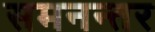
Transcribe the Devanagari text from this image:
समनन्तर